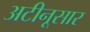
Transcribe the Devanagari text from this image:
अटीनूसार